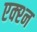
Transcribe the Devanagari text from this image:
एक्श्‍न